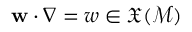
\mathbf { w } \cdot \nabla = w \in \mathfrak { X } ( \mathcal { M } )